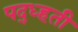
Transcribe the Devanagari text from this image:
पद्ध्हती